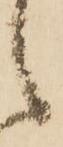
候